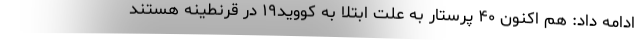
ادامه داد: هم اکنون ۴۰ پرستار به علت ابتلا به کووید۱۹ در قرنطینه هستند